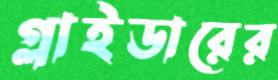
গ্লাইডারের